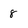
Character: 8